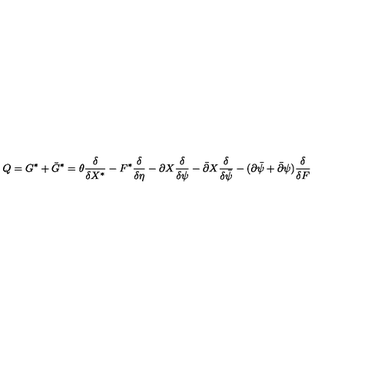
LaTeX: Q = G ^ { \ast } + \bar { G } ^ { \ast } = \theta { \frac { \delta } { \delta X ^ { \ast } } } - F ^ { \ast } { \frac { \delta } { \delta \eta } } - \partial X { \frac { \delta } { \delta \psi } } - \bar { \partial } X { \frac { \delta } { \delta \bar { \psi } } } - ( \partial \bar { \psi } + \bar { \partial } \psi ) { \frac { \delta } { \delta F } }